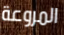
المروعة